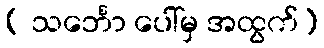
( သင်္ဘော ပေါ်မှ အထွက်)